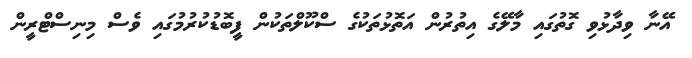
އޭނާ ވިދާޅުވި ގޮތުގައި މާލޭގެ އިތުރުން އަތޮޅުތަކުގެ ސްކޫލްތަކުން ފީބޮޑުކުރުމުގައި ވެސް މިނިސްޓްރީން